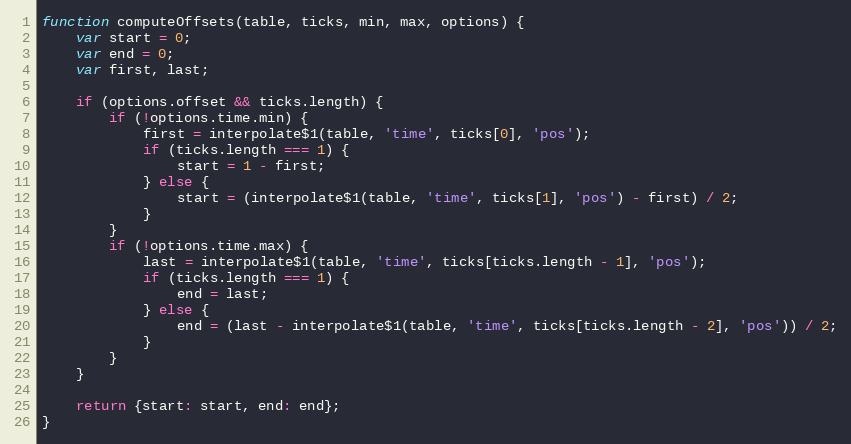
Language: JavaScript
function computeOffsets(table, ticks, min, max, options) {
	var start = 0;
	var end = 0;
	var first, last;

	if (options.offset && ticks.length) {
		if (!options.time.min) {
			first = interpolate$1(table, 'time', ticks[0], 'pos');
			if (ticks.length === 1) {
				start = 1 - first;
			} else {
				start = (interpolate$1(table, 'time', ticks[1], 'pos') - first) / 2;
			}
		}
		if (!options.time.max) {
			last = interpolate$1(table, 'time', ticks[ticks.length - 1], 'pos');
			if (ticks.length === 1) {
				end = last;
			} else {
				end = (last - interpolate$1(table, 'time', ticks[ticks.length - 2], 'pos')) / 2;
			}
		}
	}

	return {start: start, end: end};
}